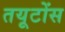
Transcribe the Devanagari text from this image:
तयूटोंस